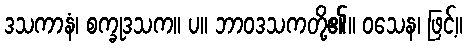
ဒသကာနံ၊ စက္ခုဒသက။ ပ။ ဘာဝဒသကတို့၏။ ဝသေန၊ ဖြင့်။